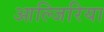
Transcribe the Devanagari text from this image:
आल्जिरिया